Leaving Certificate Examination (including Day School Certificate (Higher) General paper), 1926
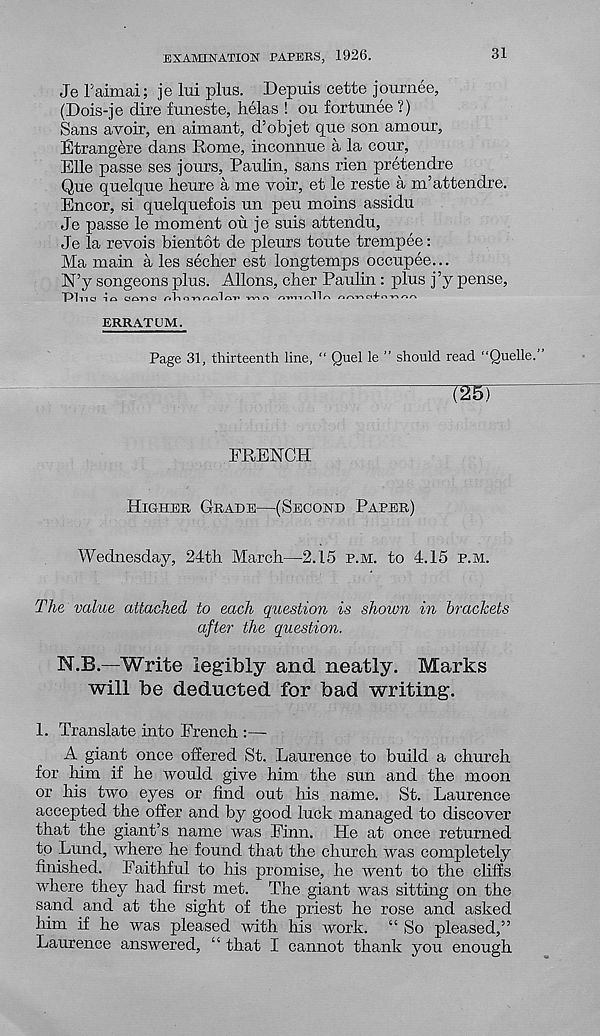
EXAMINATION PAPERS, 1926.
31
JeFaimai; je lui plus. Depuis cette journee,
(Dois-je dire funeste, helas ! ou fortunee ?)
Sans avoir, en aimant, d’objet que son amour,
Etrangere dans Rome, inconnue a la cour,
Elle passe ses jours, Paulin, sans rien pretendre
Que quelque heure a me voir, et le reste a m’attendre.
Encor, si quelquefois un peu moins assidu
Je passe le moment ou je suis attendu,
Je la revois bientot de pleurs toute trempee:
Ma main a les secher est longtemps occupee...
ISPy songeons plus. Aliens, cher Paulin : plus j ’y pense,
"PIn C? T Ck CJOT1CJ
O "Kko /Tvm /~il 1 r\
ci4-mrt/-*r\
ERRATUM.
Page 31, thirteenth line, “ Quel le ” should read “Quelle.”
FRENCH
Higher Grade—{Second Paper)
Wednesday, 24th March—2.15 p.m. to 4.15 p.m.
The value attached to each question is shown in brackets
after the question.
N.B.—Write legibly and neatly. Marks
will be deducted for bad writing.
1. Translate into French :—
A giant once offered St. Laurence to build a church
for him if he would give him the sun and. the moon
or his two eyes or find out his name. St. Laurence
accepted the offer and by good luck managed to discover
that the giant’s name was Finn. He at once returned,
to Lund, where he found that the church was completely
finished. Faithful to his promise, he went to the cliffs
where they had. first met. The giant was sitting on the
sand and at the sight of the priest he rose and asked
him if he was pleased with his work. “ So pleased,”
Laurence answered, “ that I cannot thank you enough